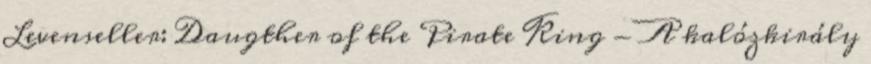
Levenseller: Daugther of the Pirate King - A kalózkirály